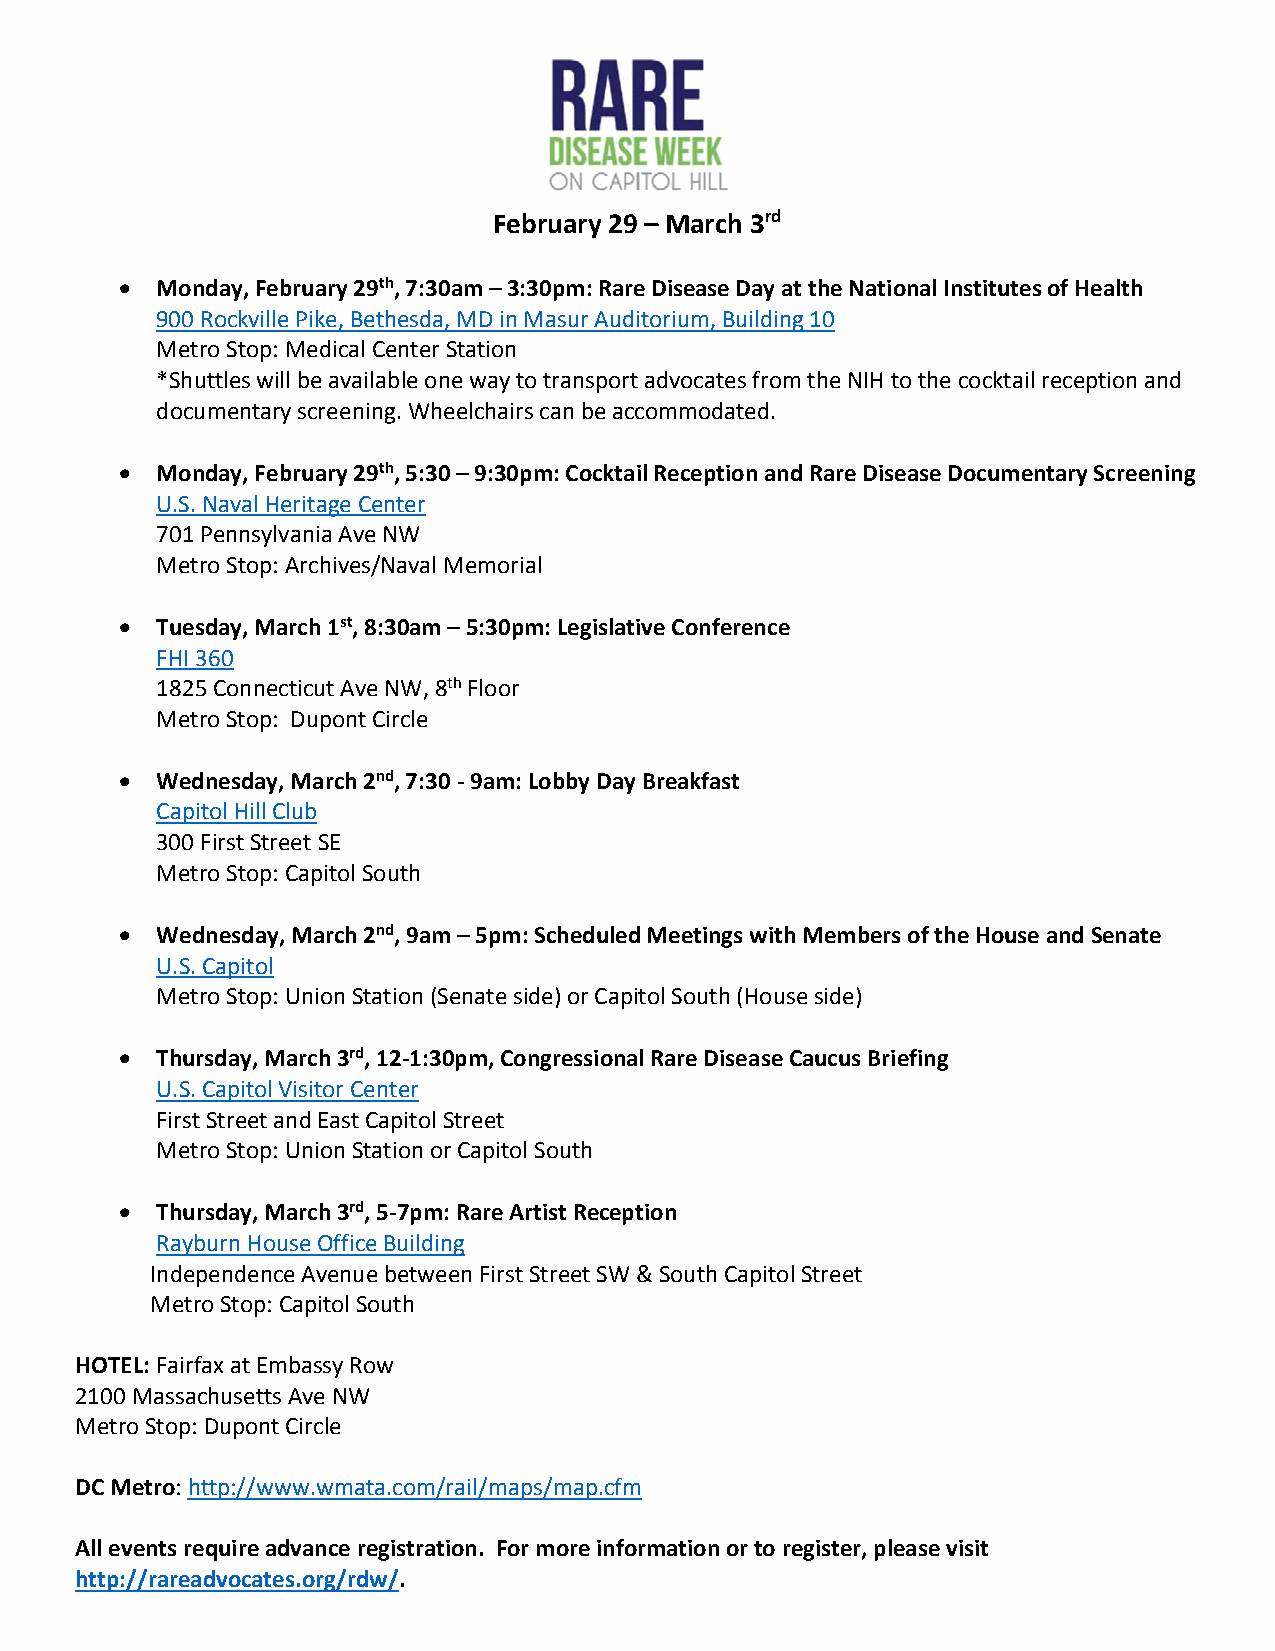
February 29 – March 3rd
 • Monday, February 29th, 7:30am – 3:30pm: Rare Disease Day at the National Institutes of Health
 900 Rockville Pike, Bethesda, MD in Masur Auditorium, Building 10
 Metro Stop: Medical Center Station
 *Shuttles will be available one way to transport advocates from the NIH to the cocktail reception and
 documentary screening. Wheelchairs can be accommodated.
 • Monday, February 29th, 5:30 – 9:30pm: Cocktail Reception and Rare Disease Documentary Screening
 U.S. Naval Heritage Center
 701 Pennsylvania Ave NW
 Metro Stop: Archives/Naval Memorial
 • Tuesday, March 1st, 8:30am – 5:30pm: Legislative Conference
 FHI 360
 1825 Connecticut Ave NW, 8th Floor
 Metro Stop: Dupont Circle
 • Wednesday, March 2nd, 7:30 - 9am: Lobby Day Breakfast
 Capitol Hill Club
 300 First Street SE
 Metro Stop: Capitol South
 • Wednesday, March 2nd, 9am – 5pm: Scheduled Meetings with Members of the House and Senate
 U.S. Capitol
 Metro Stop: Union Station (Senate side) or Capitol South (House side)
 • Thursday, March 3rd, 12-1:30pm, Congressional Rare Disease Caucus Briefing
 U.S. Capitol Visitor Center
 First Street and East Capitol Street
 Metro Stop: Union Station or Capitol South
 • Thursday, March 3rd, 5-7pm: Rare Artist Reception
 Rayburn House Office Building
 Independence Avenue between First Street SW & South Capitol Street
 Metro Stop: Capitol South
 HOTEL: Fairfax at Embassy Row
 2100 Massachusetts Ave NW
 Metro Stop: Dupont Circle
 DC Metro: http://www.wmata.com/rail/maps/map.cfm
 All events require advance registration. For more information or to register, please visit
 http://rareadvocates.org/rdw/.